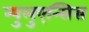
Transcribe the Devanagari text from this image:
न्युलुएन्सिस